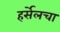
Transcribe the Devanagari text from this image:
हर्सेलचा